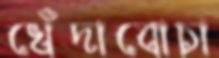
খেঁদাবোচা